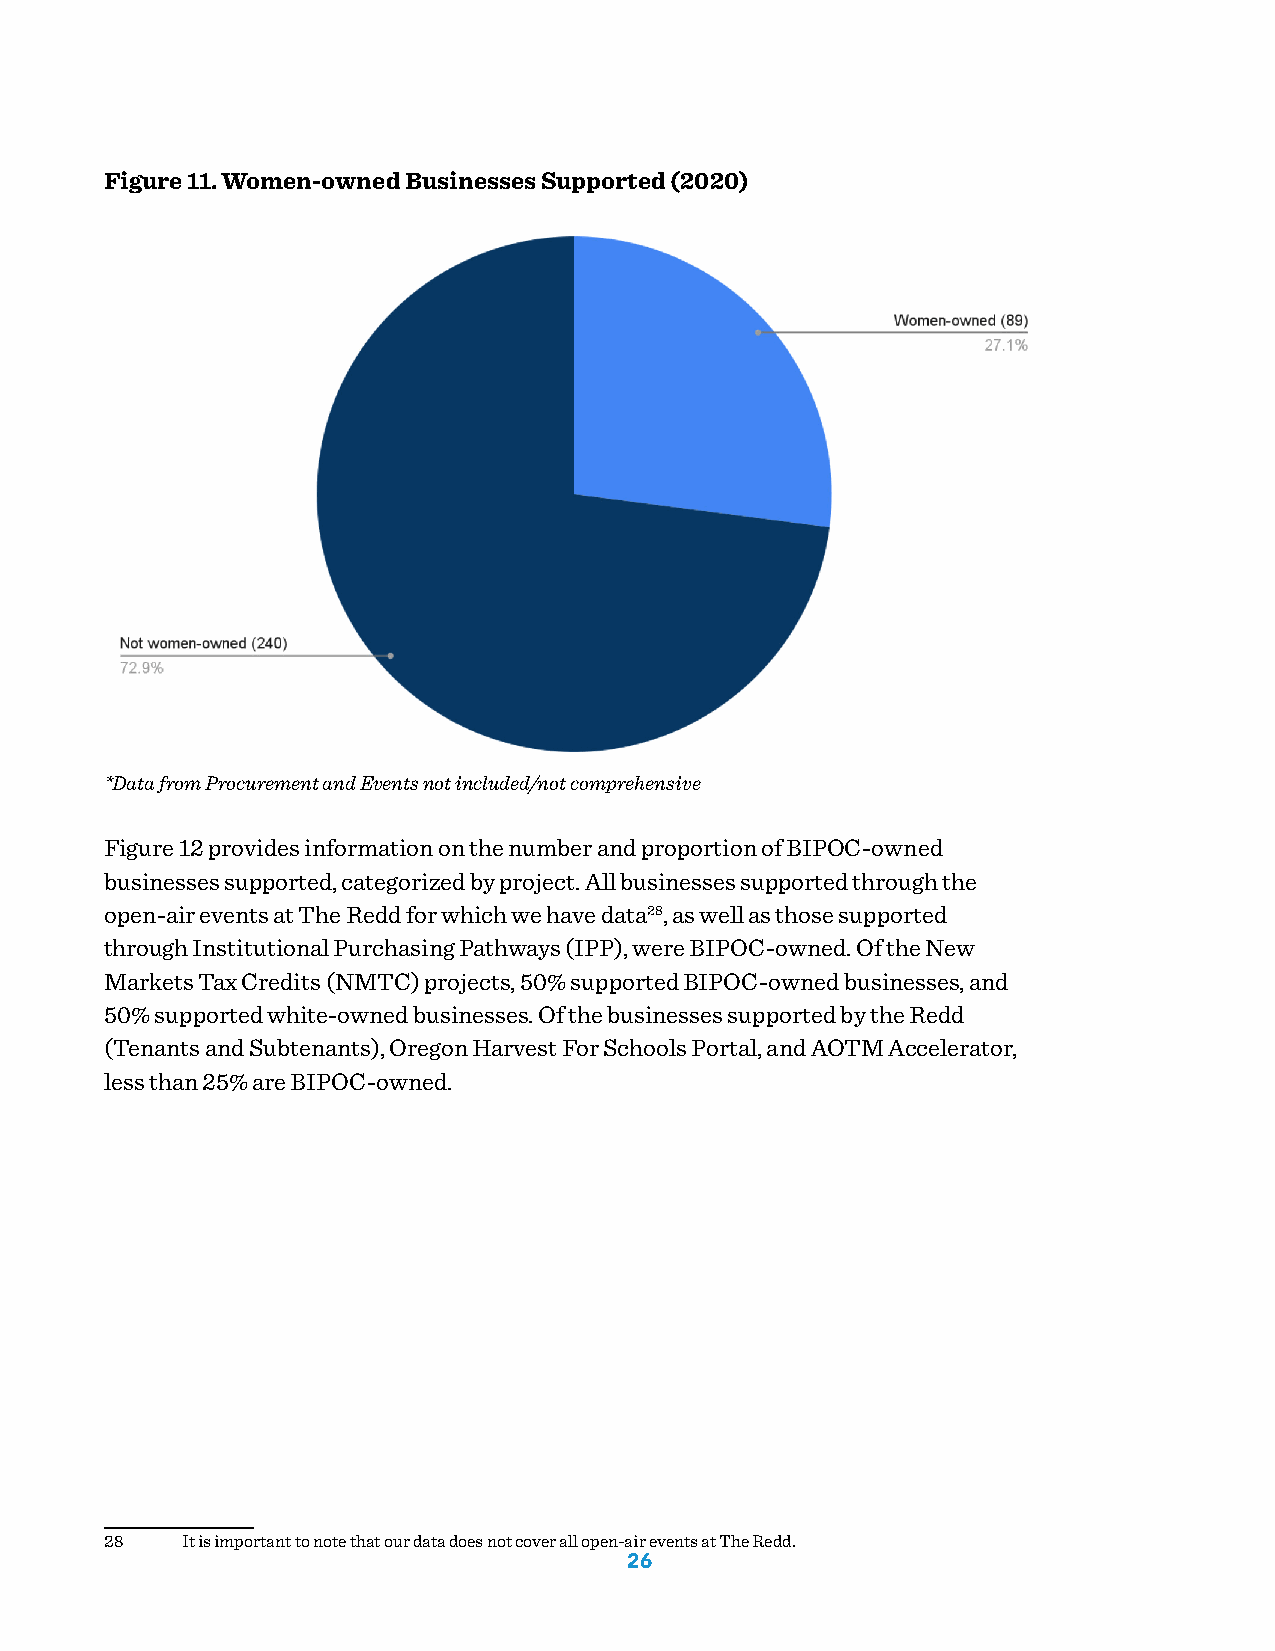
Figure 11. Women-owned Businesses Supported (2020)
 *Data from Procurement and Events not included/not comprehensive
 Figure 12 provides information on the number and proportion of BIPOC-owned
 businesses supported, categorized by project. All businesses supported through the
 open-air events at The Redd for which we have data28, as well as those supported
 through Institutional Purchasing Pathways (IPP), were BIPOC-owned. Of the New
 Markets Tax Credits (NMTC) projects, 50% supported BIPOC-owned businesses, and
 50% supported white-owned businesses. Of the businesses supported by the Redd
 (Tenants and Subtenants), Oregon Harvest For Schools Portal, and AOTM Accelerator,
 less than 25% are BIPOC-owned.
 28   It is important to note that our data does not cover all open-air events at The Redd.
 26